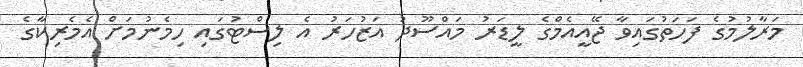
މަރާލުމުގެ ފަަހަތުގައިވާ ޖޭއީއެމްގެ ލީޑަރު މައްސޫދު އަޒުހަރު އެ ލިސްޓުގައި ހިމެނުމަށް އެމެރިކާގެ